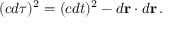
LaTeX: ( c d \tau ) ^ { 2 } = ( c d t ) ^ { 2 } - d \mathbf { r } \cdot d \mathbf { r } \, .